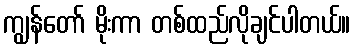
ကျွန်တော် မိုးကာ တစ်ထည်လိုချင်ပါတယ်။